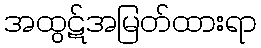
အထွဋ်အမြတ်ထားရာ